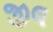
જીલ